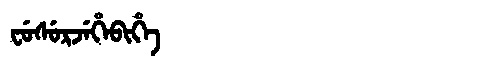
Manchu: ᠸᡠᠰᡠᡵᠵᡝᡥᡝᠪᡳᡥᡝ
Romanization: FUSURJEHEBIHE